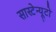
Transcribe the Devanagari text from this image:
सास्टेन्यूटो